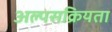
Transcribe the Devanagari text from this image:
अल्पसक्रियता